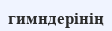
гимндерінің